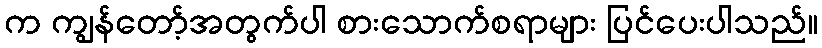
က ကျွန်တော့်အတွက်ပါ စားသောက်စရာများ ပြင်ပေးပါသည်။